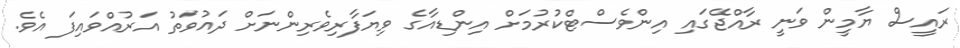
ރައީސް ޔާމީން ވަނީ ރާއްޖޭގައި އިންވެސްޓްކުރުމަށް އިންޑިއާގެ ވިޔަފާރިވެރިންނަށް ދައުވަތު އަރުއްވައިފަ އެވެ.